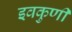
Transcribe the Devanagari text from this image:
इवकुणी